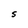
Character: S